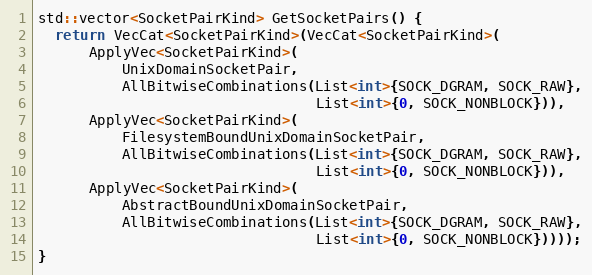
Language: C++
std::vector<SocketPairKind> GetSocketPairs() {
  return VecCat<SocketPairKind>(VecCat<SocketPairKind>(
      ApplyVec<SocketPairKind>(
          UnixDomainSocketPair,
          AllBitwiseCombinations(List<int>{SOCK_DGRAM, SOCK_RAW},
                                 List<int>{0, SOCK_NONBLOCK})),
      ApplyVec<SocketPairKind>(
          FilesystemBoundUnixDomainSocketPair,
          AllBitwiseCombinations(List<int>{SOCK_DGRAM, SOCK_RAW},
                                 List<int>{0, SOCK_NONBLOCK})),
      ApplyVec<SocketPairKind>(
          AbstractBoundUnixDomainSocketPair,
          AllBitwiseCombinations(List<int>{SOCK_DGRAM, SOCK_RAW},
                                 List<int>{0, SOCK_NONBLOCK}))));
}